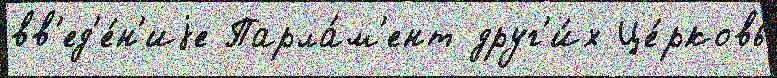
вв'ед'е́н'иjе Парла́м'ент друг'и́х Це́рковь